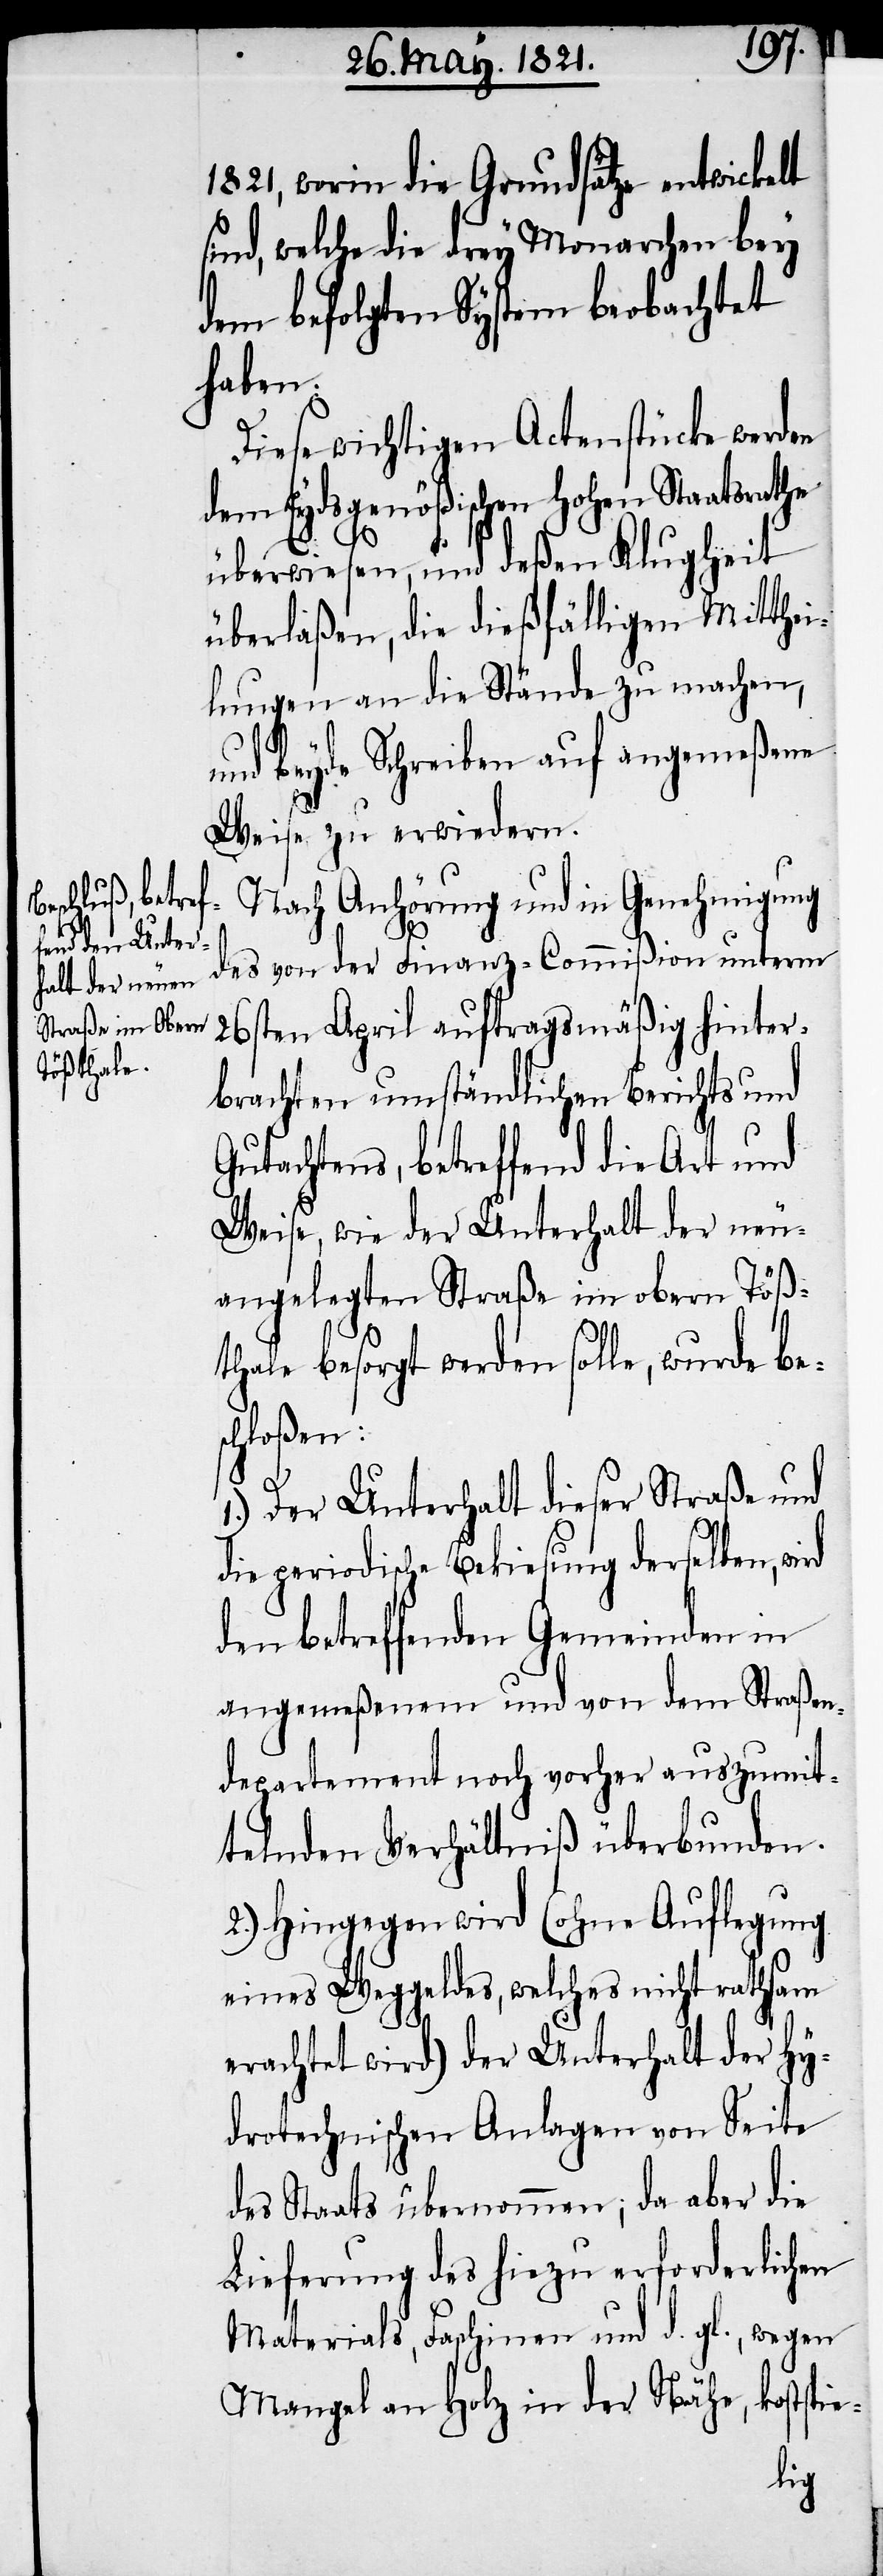
1821, worin die Grundsätze entwickelt
sind, welche die drey Monarchen bey
dem befolgten System beobachtet
haben.
Diese wichtigen Actenstücke werden
dem Eydsgenößischen Hohen Staatsrathe
überwiesen, und deßen Klugheit
überlaßen, die dießfälligen Mitthei¬
lungen an die Stände zu machen,
und beyde Schreiben auf angemeßene
Weise zu erwiedern.
Nach Anhörung und in Genehmigung
des von der Finanz-Commißion unterm
26sten April auftragsgemäß hinter¬
brachten umständlichen Berichts und
Gutachtens, betreffend die Art und
Weise, wie der Unterhalt der neu
angelegten Straße im obern Töß¬
thale besorgt werden solle, wurde bes¬
chloßen:
1.) Der Unterhalt dieser Straße und
die periodische Bekiesung derselben, wird
den betreffenden Gemeinden in
angemeßenem und von dem Straßen¬
departement noch vorher auszumit¬
telnden Verhältniß überbunden.
2.) Hingegen wird (ohne Auflegung
eines Weggeldes, welches nicht rathsam
erachtet wird) der Unterhalt der hy¬
drotechnischen Anlagen von Seite
des Staats übernommen; da aber die
Lieferung des hiezu erforderlichen
Materials, Faschinen und d. gl., wegen
Mangel an Holz in der Nähe, kostspie-